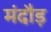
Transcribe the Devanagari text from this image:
मंदौड़